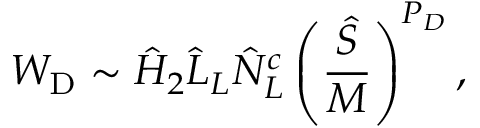
W _ { \mathrm { D } } \sim \hat { H } _ { 2 } \hat { L } _ { L } \hat { N } _ { L } ^ { c } \left( { \frac { \hat { S } } { \cal M } } \right) ^ { P _ { D } } ,